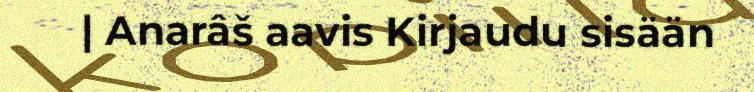
| Anarâš aavis Kirjaudu sisään